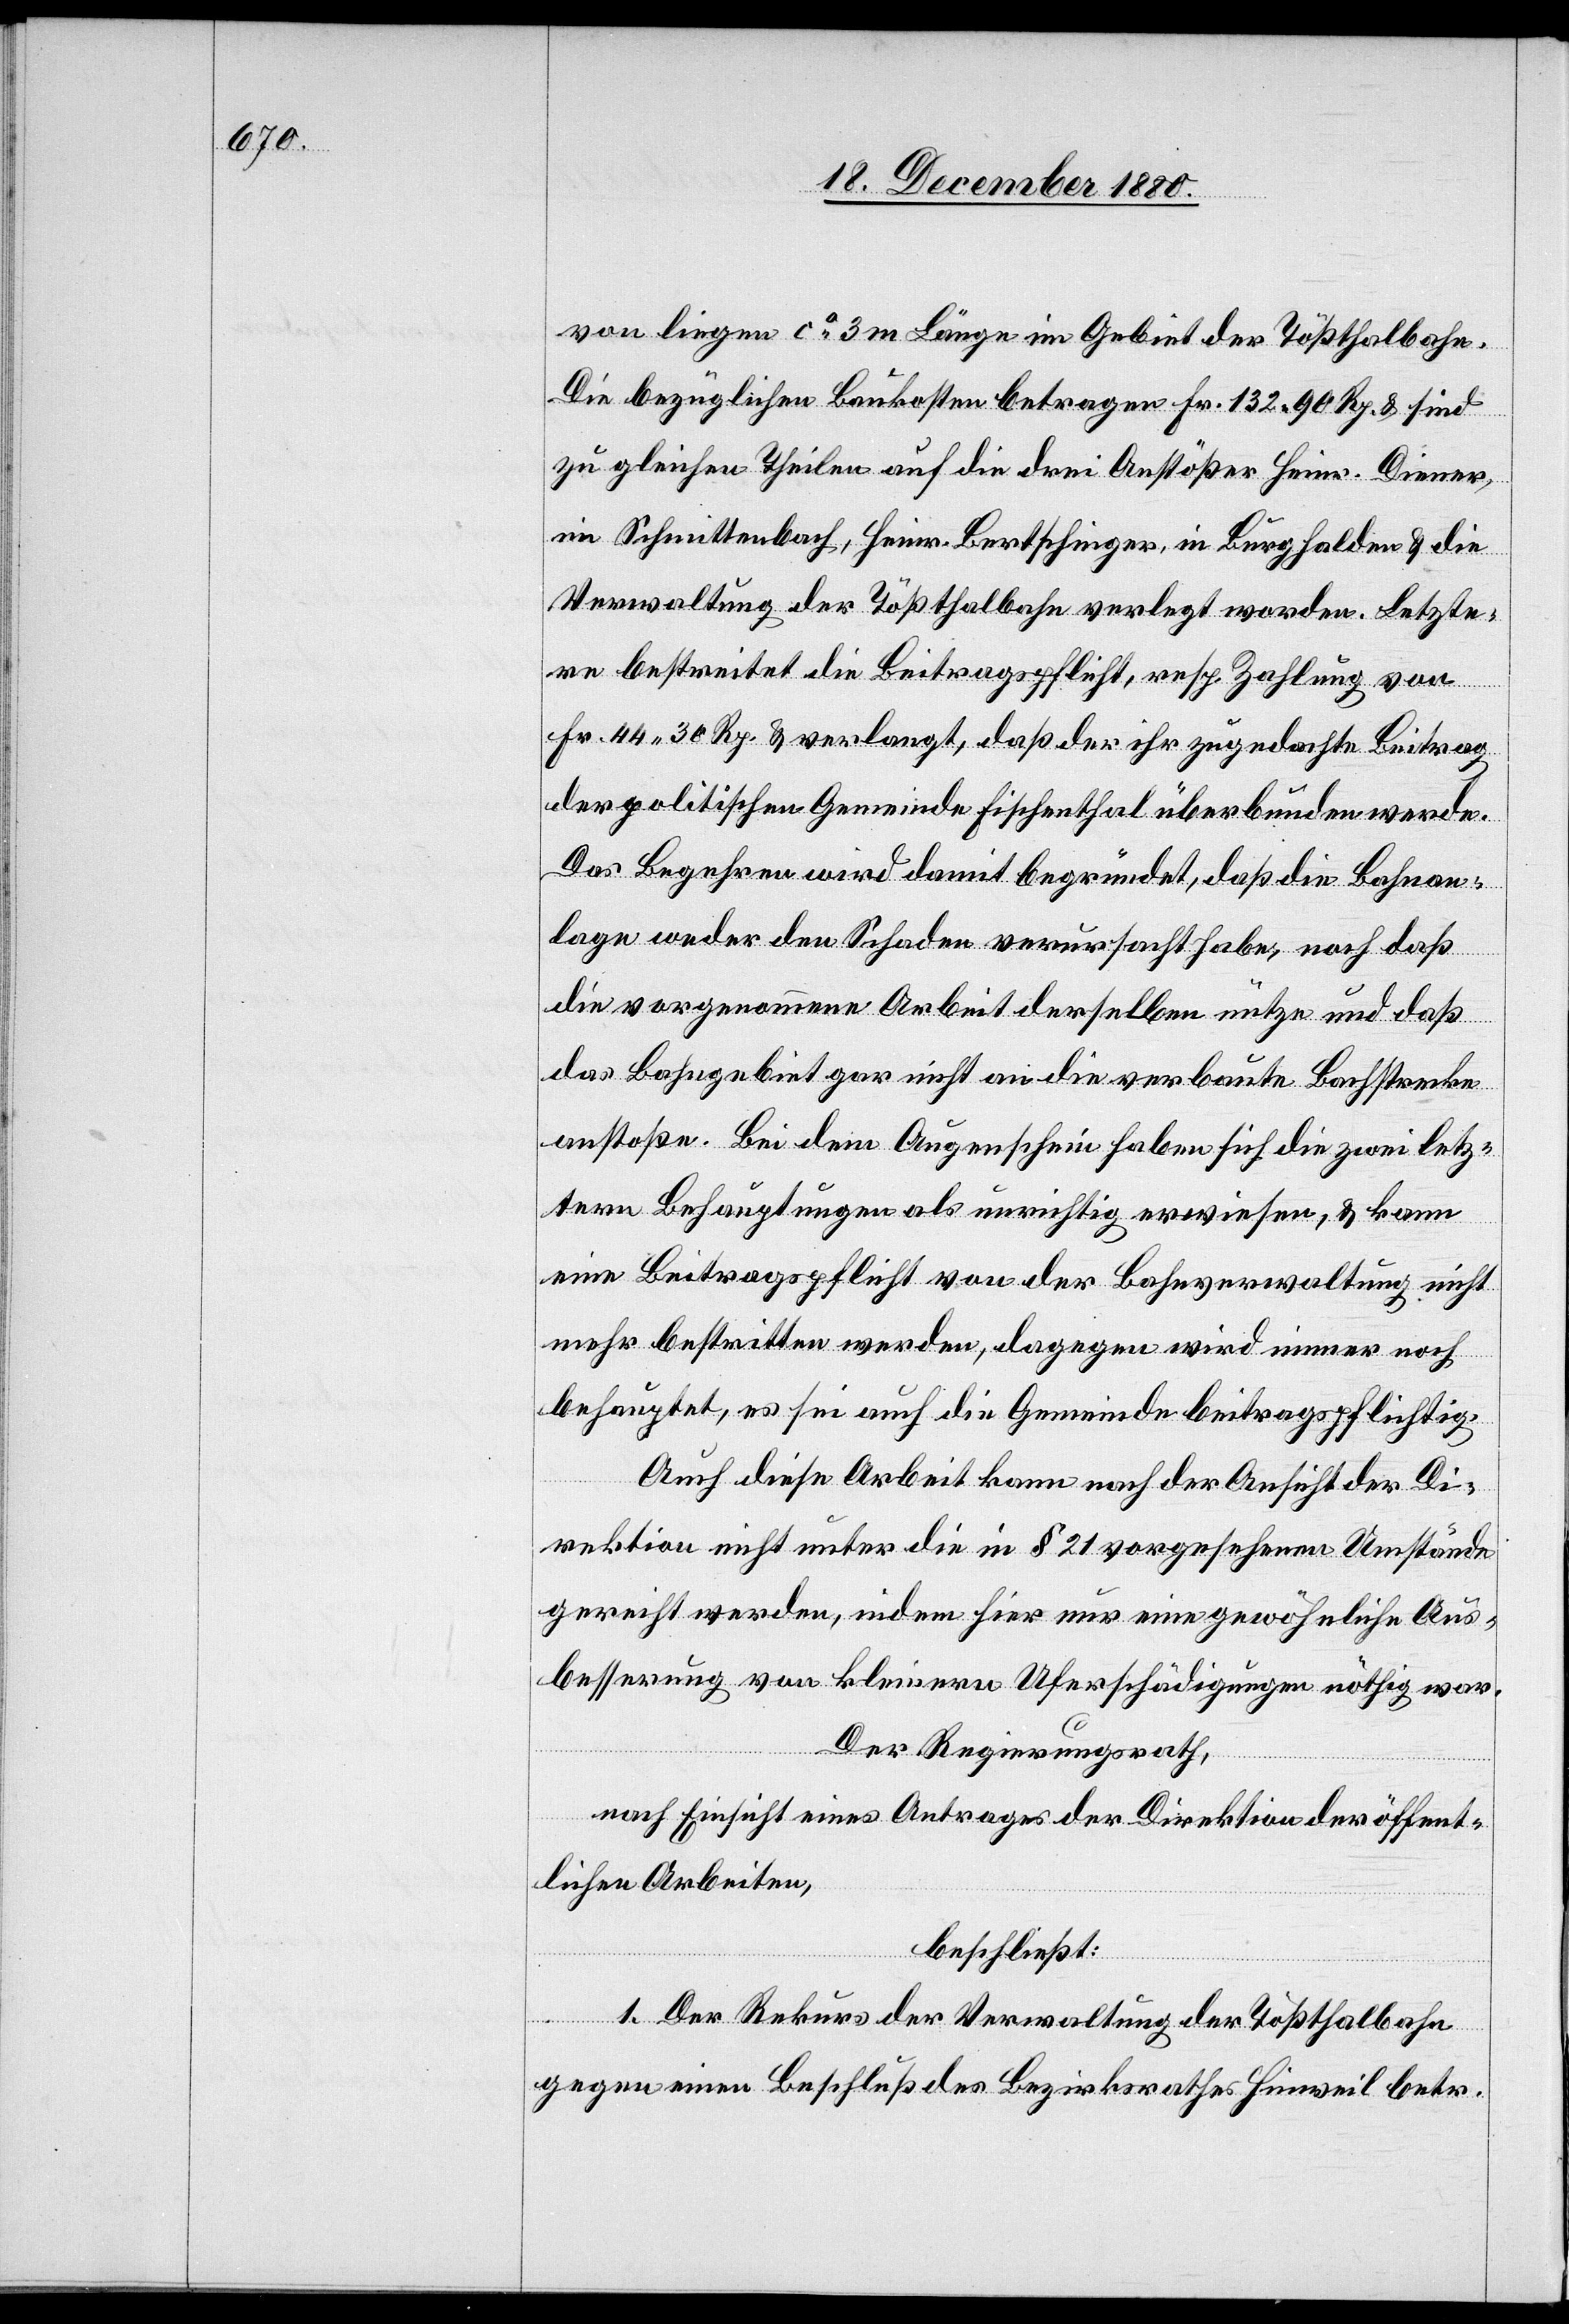
von liegen ca 3 m Länge im Gebiet der Tößthalbahn.
Die bezüglichen Baukosten betragen Fr. 132 90 Rp. & sind
zu gleichen Theilen auf die drei Anstößer Heinr. Diener,
im Schmittenbach, Heinr. Bertschinger, in Burghalden & die
Verwaltung der Tößthalbahn verlegt worden. Letzte¬
re bestreitet die Beitragspflicht, resp. Zahlung von
Fr. 44 30 Rp. & verlangt, daß der ihr zugedachte Beitrag
der politischen Gemeinde Fischenthal überbunden werde.
Das Begehren wird damit begründet, daß die Bahnan¬
lage weder den Schaden verursacht habe, noch daß
die vorgenommene Arbeit derselben nütze und daß
das Bahngebiet gar nicht an die verbaute Bachstrecke
anstoße. Bei dem Augenschein haben sich die zwei letz¬
tern Behauptungen als unrichtig erwiesen, & kann
eine Beitragspflicht von der Bahnverwaltung nicht
mehr bestritten werden, dagegen wird immer noch
behauptet, es sei auch die Gemeinde beitragspflichtig.
Auch diese Arbeit kann nach der Ansicht der Di¬
rektion nicht unter die in § 21 vorgesehenen Umstände
gereiht werden, indem hier nur eine gewöhnliche Aus¬
besserung von kleinern Uferschädigungen nöthig war.
Der Regierungsrath,
nach Einsicht eines Antrages der Direktion der öffent¬
lichen Arbeiten,
beschließt:
1. Der Rekurs der Verwaltung der Tößthalbahn
gegen einen Beschluß des Bezirksrathes Hinweil betr.